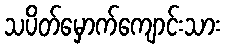
သပိတ်မှောက်ကျောင်းသား